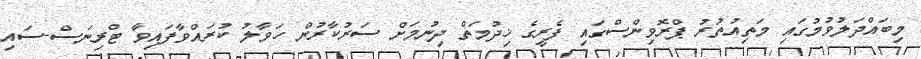
މިބައްދަލުވުމުގައި މަތިއުތުރު ޕްރޮވިންސްގައި ފެރީގެ ޚިދުމަތް ދިނުމަށް ސަރުކާރުން ހަވާލު ކުރައްވާފައިވާ ޓްރިނަސް-ސައި